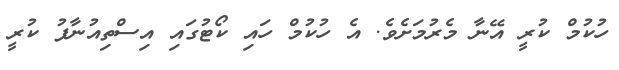
ހުކުމް ކުރީ އޭނާ މެރުމަށެވެ. އެ ހުކުމް ހައި ކޯޓުގައި އިސްތިއުނާފު ކުރީ